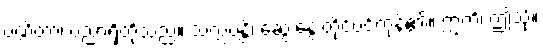
ပဏ္ဍိတာ၊ ပညာရှိတို့သည်။ သလ္လပန္တိ၊ ဆွေးနွေးတိုင်ပင်ကုန်၏။ ဣတိ၊ ဤသို့။